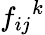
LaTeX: {f_{ij}}^{k}